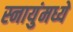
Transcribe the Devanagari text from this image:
स्नायुंमध्ये